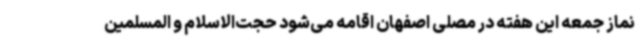
نماز جمعه این هفته در مصلی اصفهان اقامه می‌شود حجت‌الاسلام و المسلمین